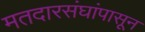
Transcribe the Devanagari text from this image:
मतदारसंघांपासून